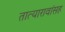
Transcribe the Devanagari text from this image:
तात्यारावांसह